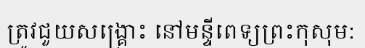
ត្រូវជួយសង្គ្រោះ នៅមន្ទីពេទ្យព្រះកុសុម: